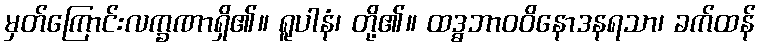
မှတ်ကြောင်းလက္ခဏာရှိ၏။ ရူပါနံ၊ တို့၏။ ထဒ္ဓဘာဝဝိနောဒနရသာ၊ ခက်ထန်